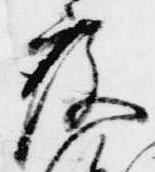
度